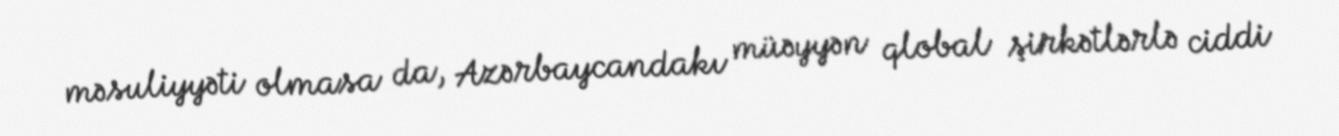
məsuliyyəti olmasa da, Azərbaycandakı müəyyən qlobal şirkətlərlə ciddi